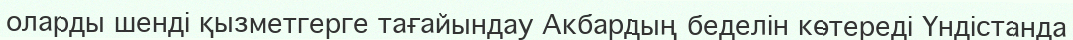
оларды шенді қызметгерге тағайындау Акбардың беделін көтереді Үндістанда